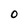
Character: O